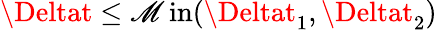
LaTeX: \Deltat\leq\operatorname*{\mathscr{M}in}(\Deltat_{1},\Deltat_{2})